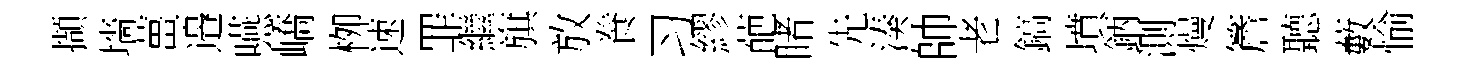
擷墻薑邉嚥嶠栁速罪繼旗放飬习繆葩睹先湊帥老鎬墳鈵測熳簷聽藪愉